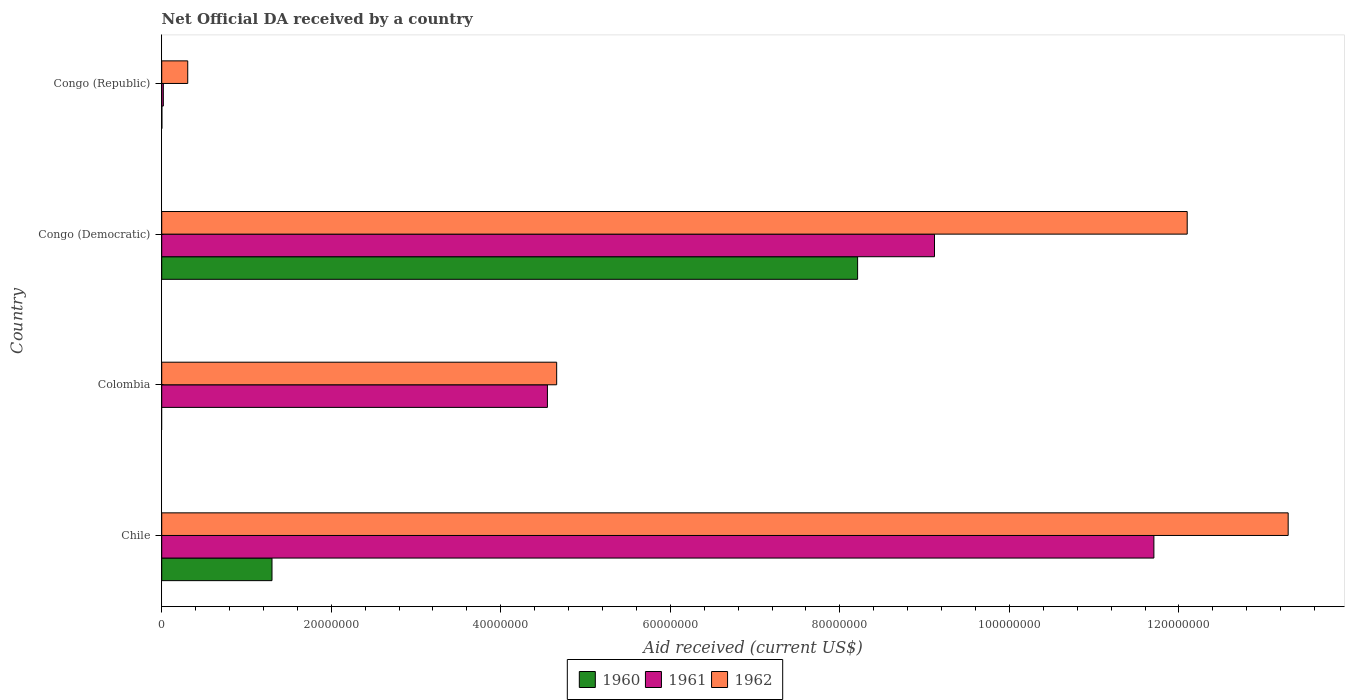
| Country | 1960 | 1961 | 1962 |
 | --- | --- | --- | --- |
 | Chile | 1.3e+07 | 1.17e+08 | 1.33e+08 |
 | Colombia | -1.14e+07 | 4.55e+07 | 4.66e+07 |
 | Congo (Democratic) | 8.21e+07 | 9.12e+07 | 1.21e+08 |
 | Congo (Republic) | 2e+04 | 1.9e+05 | 3.07e+06 |